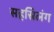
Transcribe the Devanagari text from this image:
सहस्रिलंग